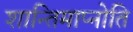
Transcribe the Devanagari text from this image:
शान्तिमाप्नोति